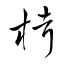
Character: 栲